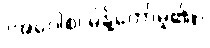
(အဝေါစ၊ မိန့်တော်မူ၏။)